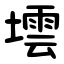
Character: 墵